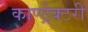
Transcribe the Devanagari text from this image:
काण्ट्रेक्टरी